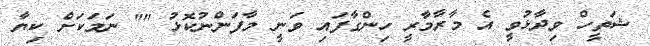
ޝަތީހް ވިދާޅުވީ އެ މާރާމާރީ ހިންގާފައި ވަނީ މާފަންނުކޮޅު "" ނަމަކަށް ކިޔާ